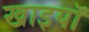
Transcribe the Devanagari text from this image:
खाइयॉ